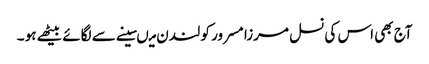
آج بھی اس کی نسل مرزا مسرور کو لندن میںسینے سے لگائے بیٹھے ہو ۔